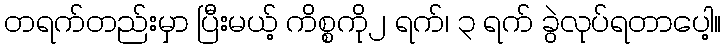
တရက်တည်းမှာ ပြီးမယ့် ကိစ္စကို၂ ရက်၊ ၃ ရက် ခွဲလုပ်ရတာပေါ့။